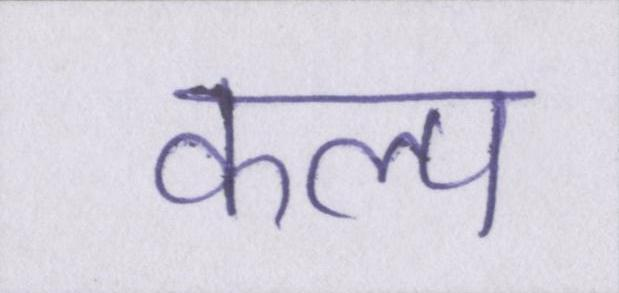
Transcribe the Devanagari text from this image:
कल्प